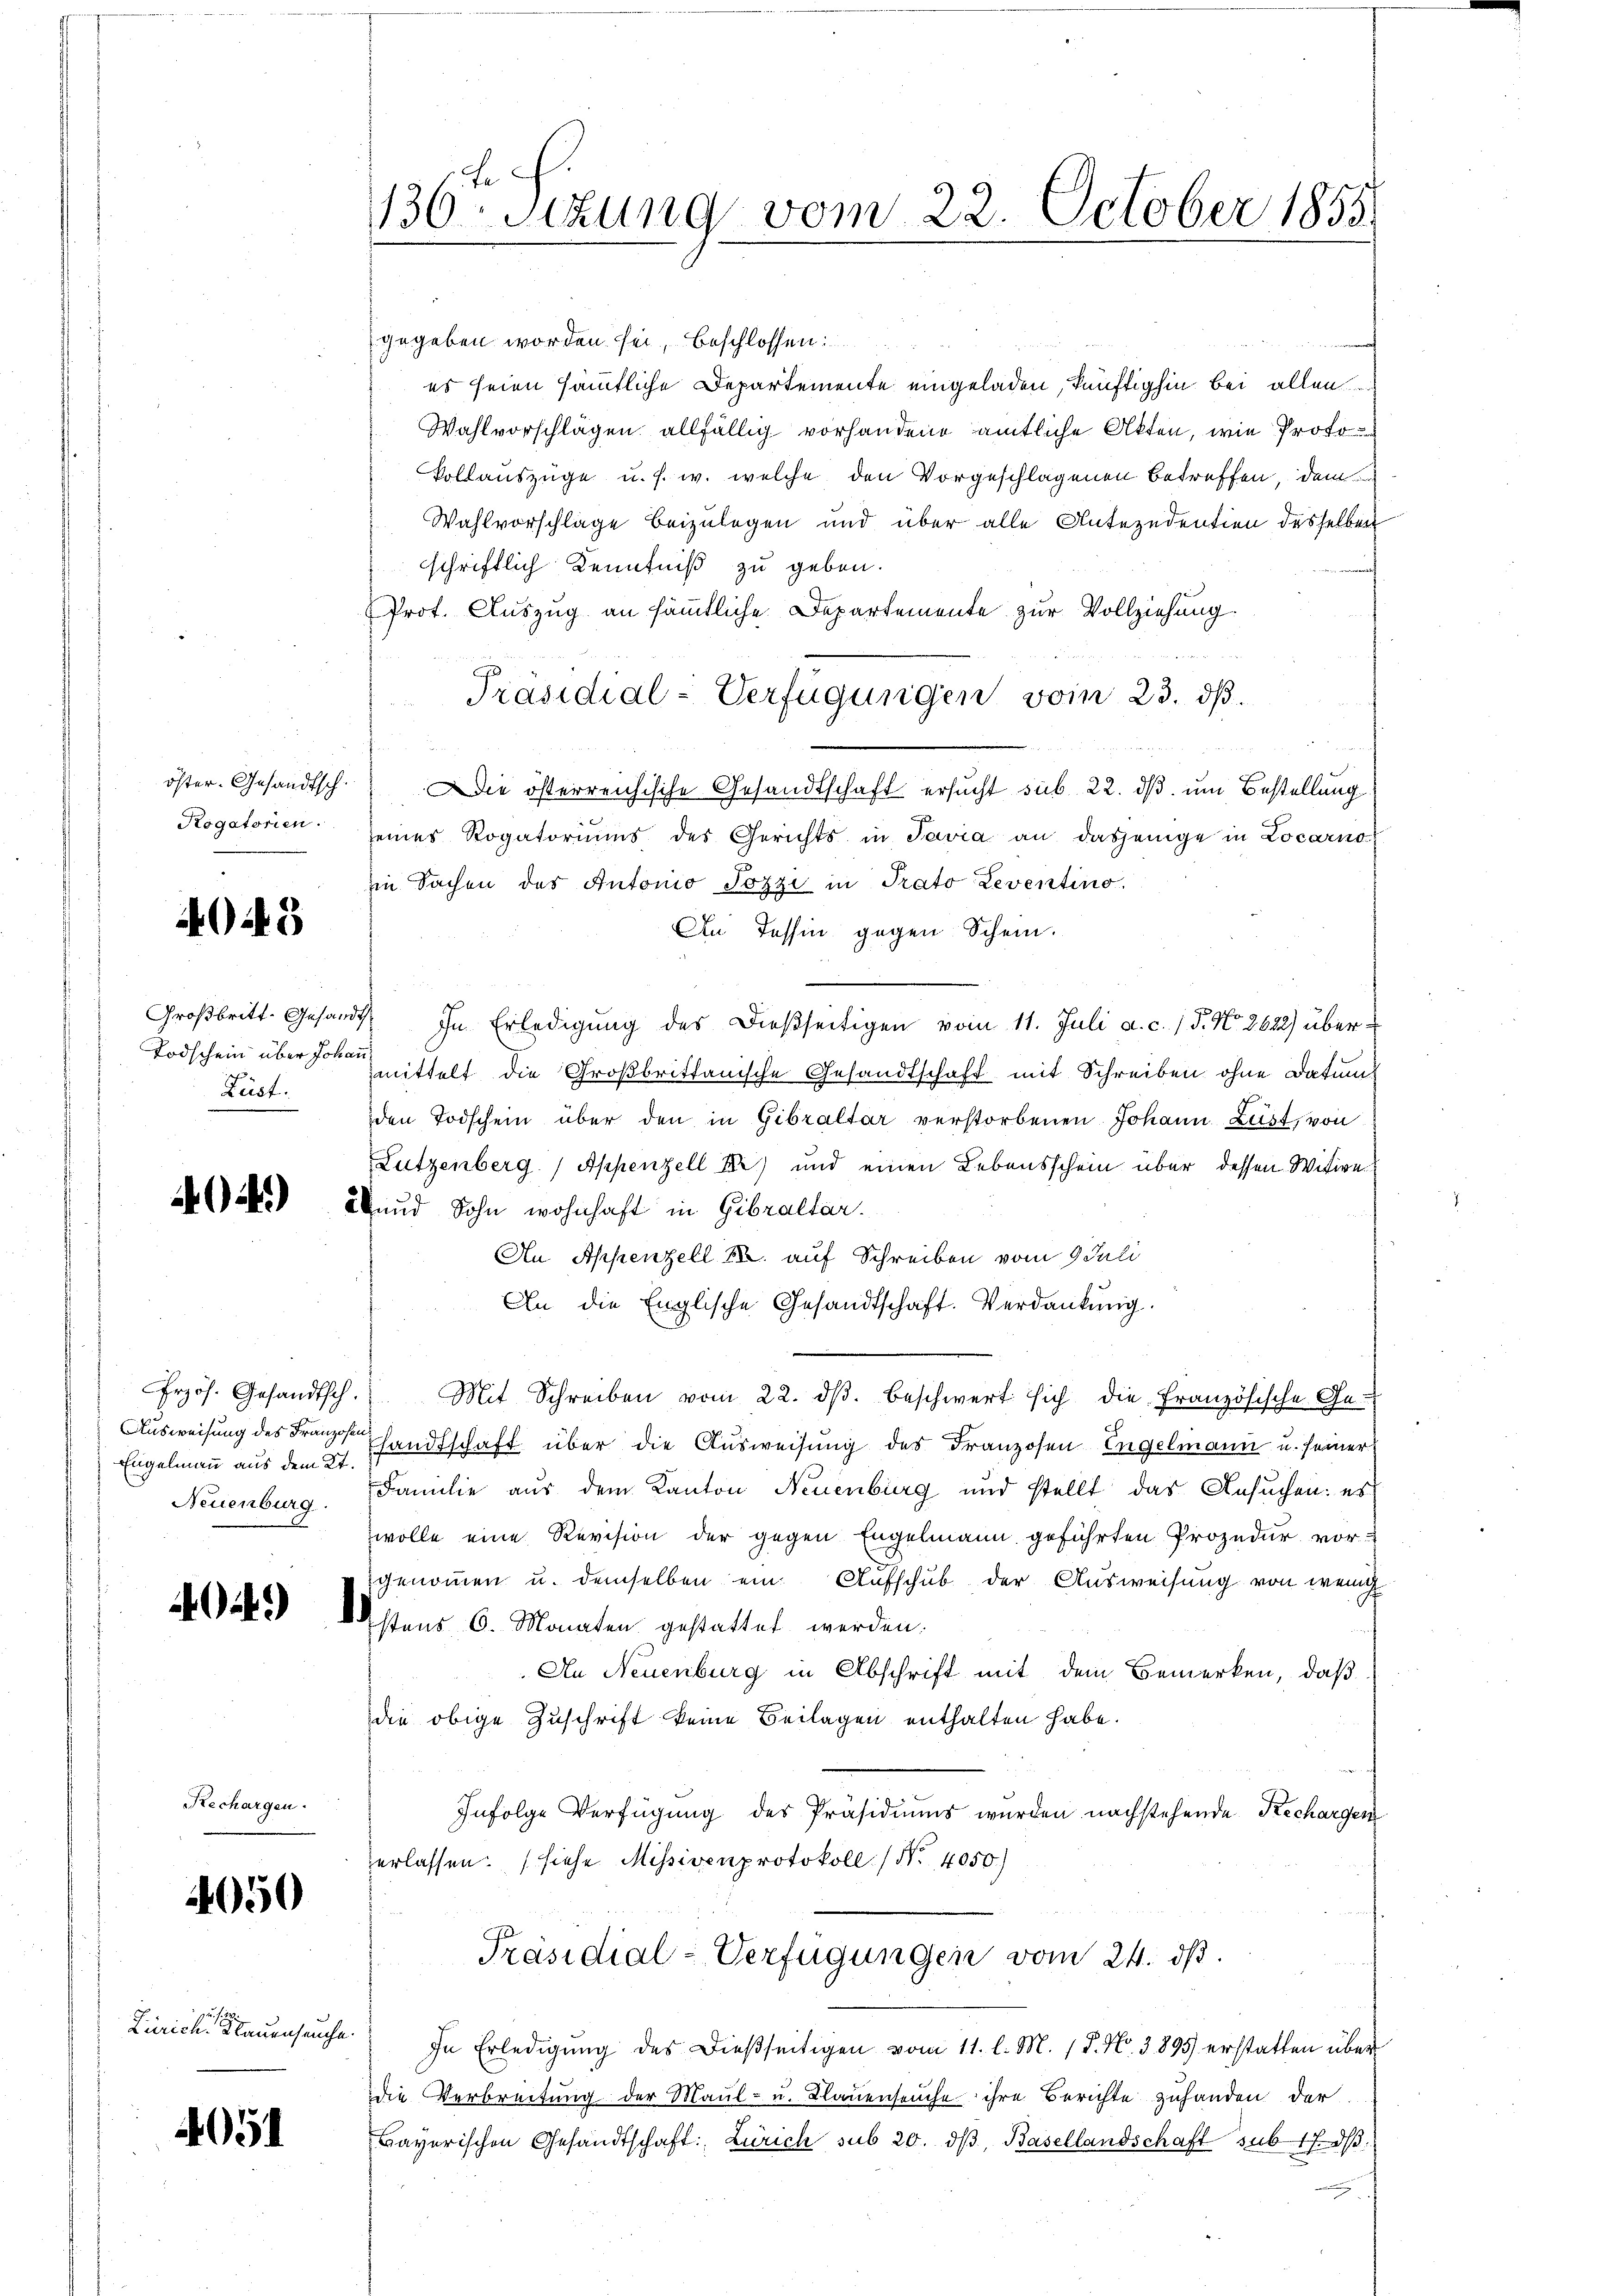
öster- Gesandtsch.
Rogatorien.

4045

Großbritt. Gesand¬
Lust.

44)

Engelmann aus dem 2t.
Neuenburg.

40.)

Rechargen.

4050

Zürich, Mauenseuche.

4051

130ten Sizung vom 22. October 1855.

gegeben worden sei, beschlossen:
es seien sämmtliche Departemente eingeladen, künftighin bei allen
Wahlvorschlägen allfällig vorhandene amtliche Akten, wie Proto
kollauszüge u. s. w. welche den Vorgeschlagenen Betreffen, dem
Wahlvorschläge beizulegen und über alle Antezudention desselben
schriftlich Kenntniß zu geben.
Prot. Auszug an sämmtliche Departemente zur Vollziehung.
Die österreichische Gesandtschaft ersucht sub 22. ds um Bestellung
seines Rogatoriums des Gerichts in Tavia an dasjenige in Locarno
in Sachen des Antonio Pozzi in Prato Leventino.
An Tessin gegen Schein.
37. In Erledigŭng des dießseitigen vom 11. Juli a. c. / 5. No. 2622) über¬
Todschein über so mittelt die Großbrittanische Gesandtschaft mit Schreiben ohne Datum
den Todschein über den in Gibraltar verstorbenen Johann Lust, von
Lutzenberg (Appenzell Kr) und einen Lebensschein über dessen Witwe
Abend Sohn wohnhaft in Gibraltar.
An Appenzell 18. auf Schreiben vom 9 Juli
An die Englische Gesandtschaft. Verdankŭng.
frzös. Gesandtsch. Mit Schreiben vom 22. dβ. beschwert sich die französische Ge-
Ausweisung des Franzosen handtschaft über die Ausweisung des Franzosen Engelmann u. seiner
Familie aus dem Kanton Neuenburg und stellt das Ansuchen: es
wolle eine Revision der gegen Engelmann geführten Prozedur vor-
genommen u. demselben ein Aufschub der Ausweisung von wenig
stens 6. Monaten gestattet werden.
An Neuenburg in Abschrift mit dem Bemerken, daß
die obige Zuschrift keine Beilagen enthalten habe.
Infolge Verfügŭng des Präsidiums wurden nachstehende Rechargen
zerlassen. (siehe Missivenprotokoll No 4050)
Präsidial-Verfügungen vom 24. ds.
In Erledigŭng des dießseitigen vom 11. l. M. 18. No. 3895 erstatten über
Die Verbreitung der Maul- u. Klauenseuche ihre Berichte zuhanden der
Bayerischen Gesandtschaft: Zürich sub 20. dβ, Basellandschaft sub. 17. dβ.

Präsidial-Verfügungen vom 23. dβ.